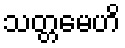
သတ္တမေဟိ